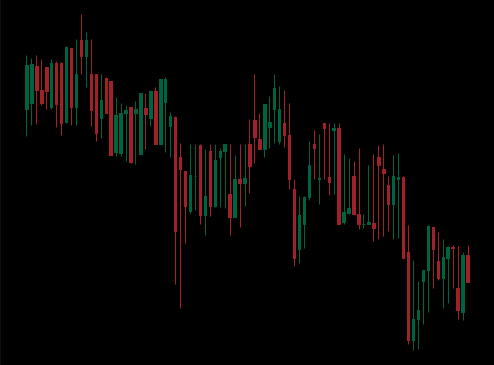
Pattern: unclassified